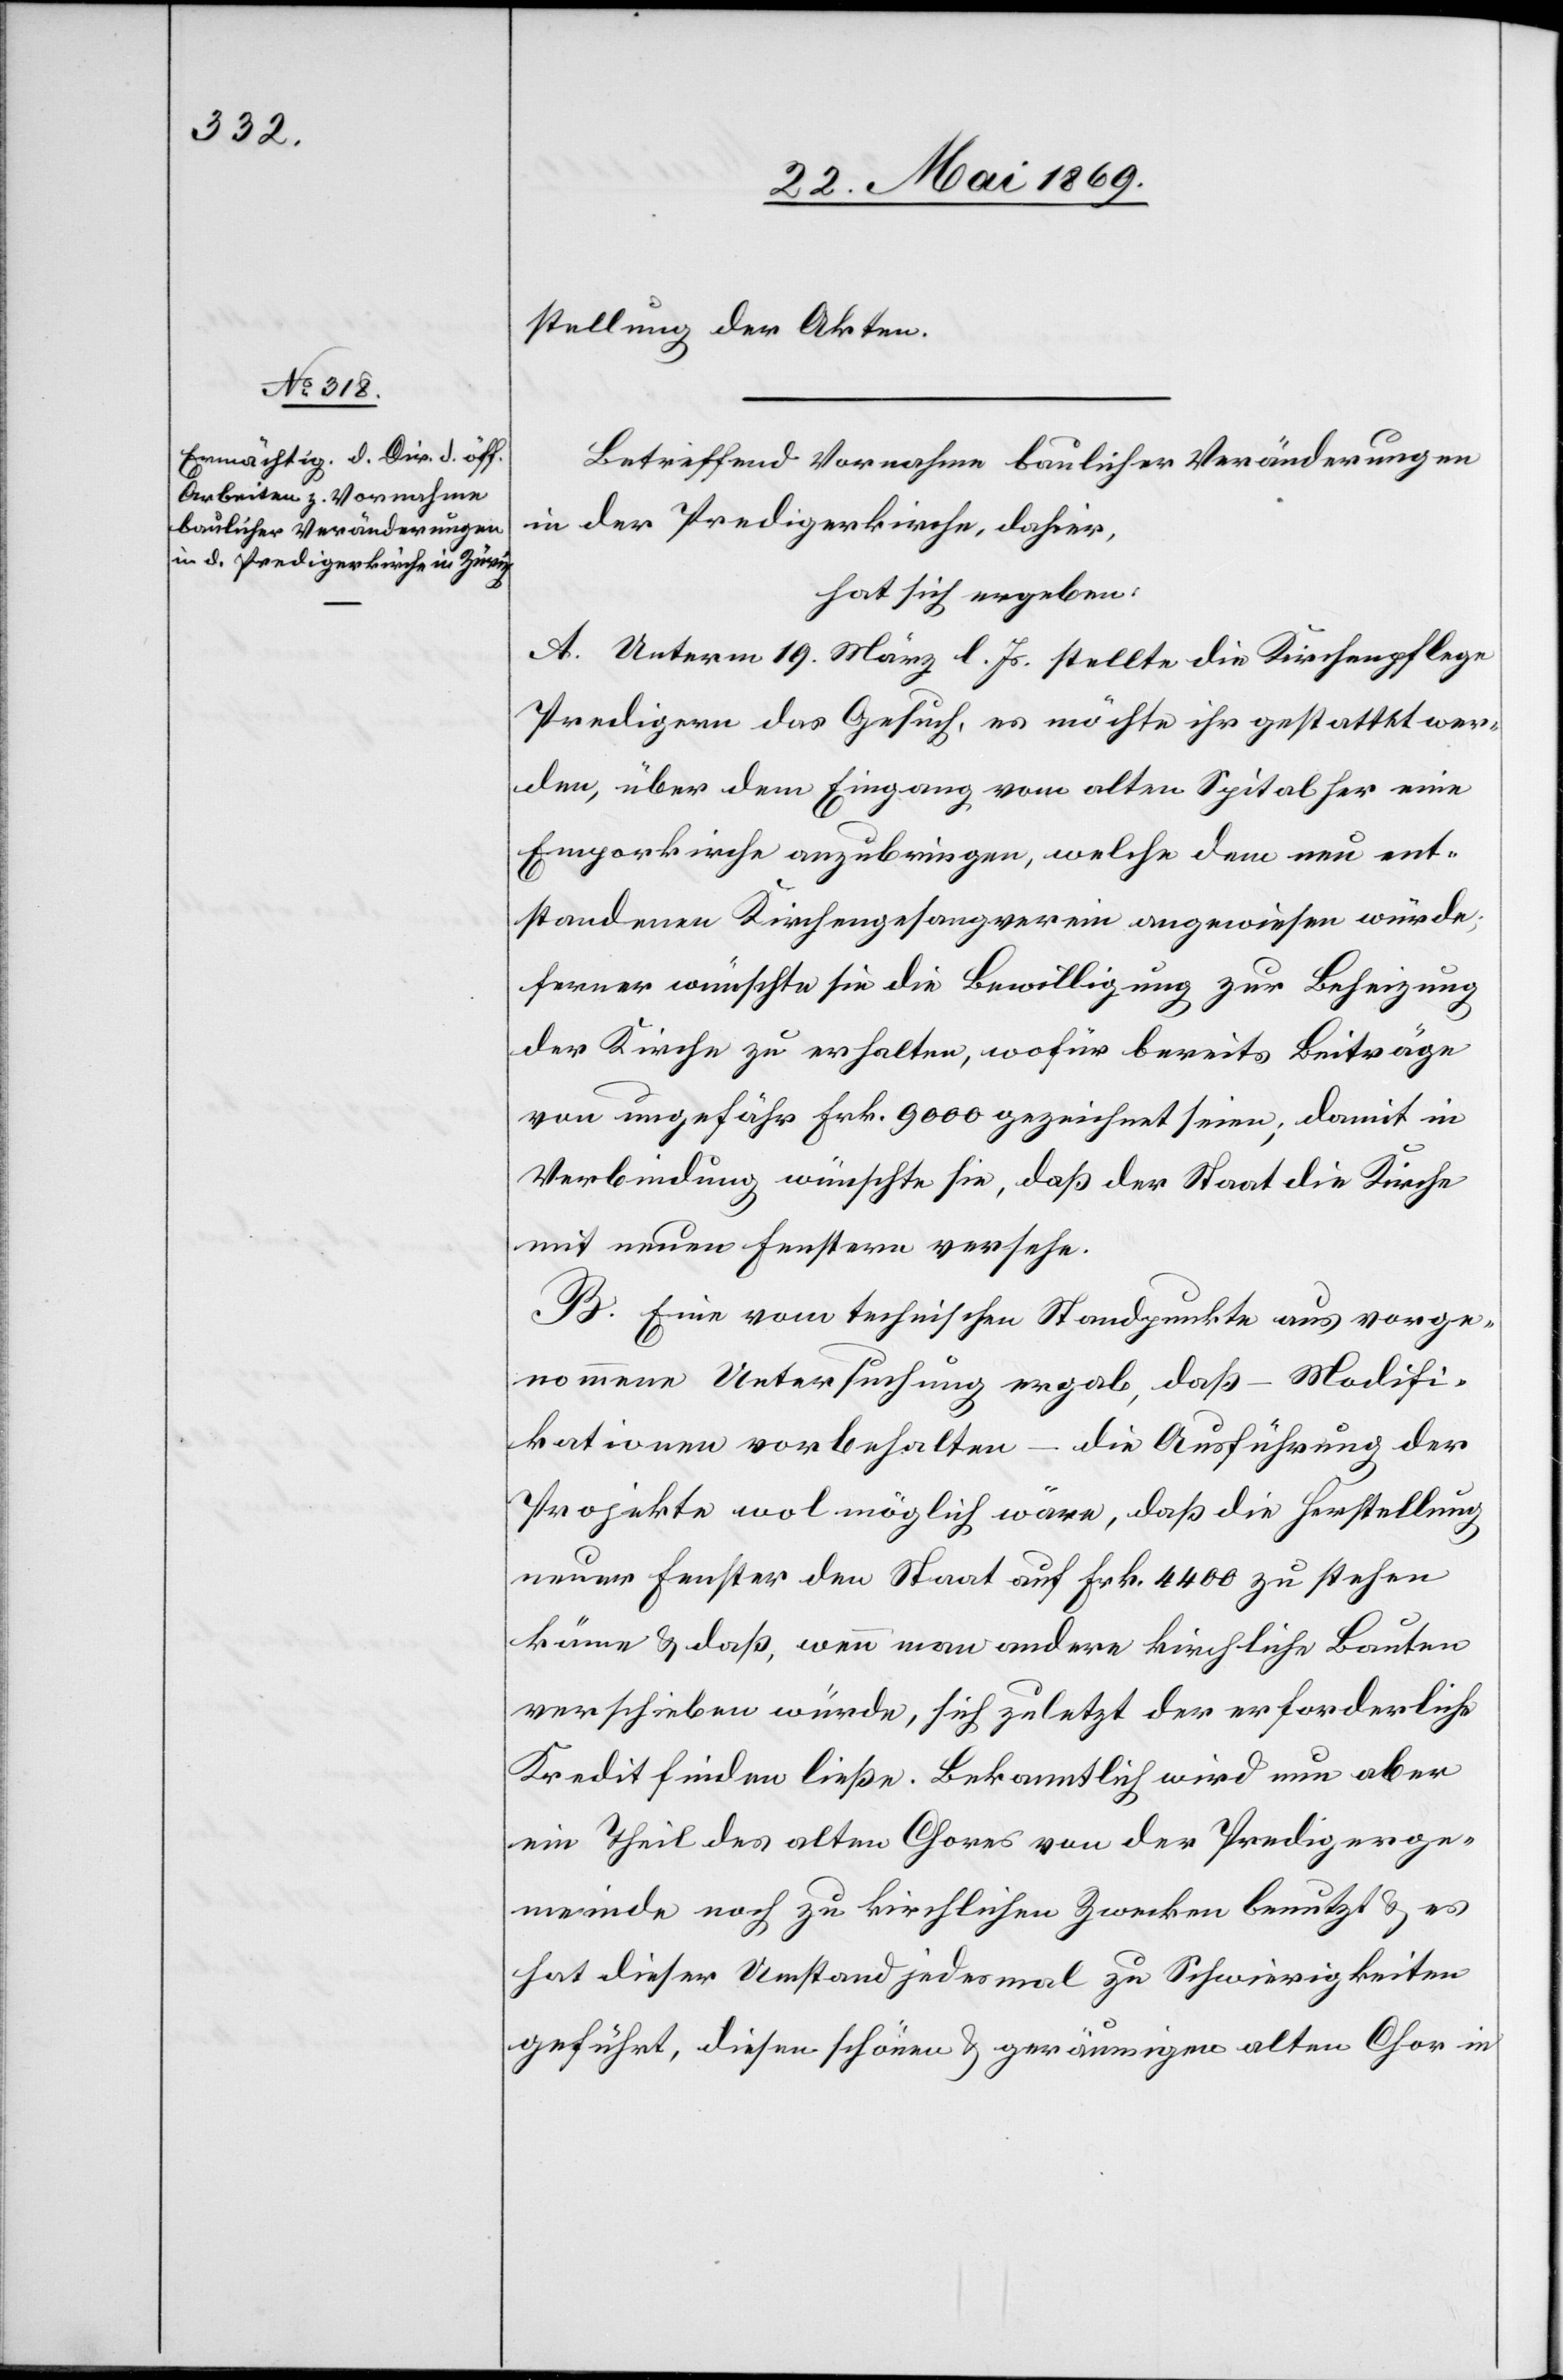
stellung der Akten.
Betreffend Vornahme baulicher Veränderungen
in der Predigerkirche, dahier,
hat sich ergeben:
A. Unterm 19. März l. Js. stellte die Kirchenpflege
Predigern das Gesuch, es möchte ihr gestattet wer¬
den, über dem Eingang vom alten Spital her eine
Emporkirche anzubringen, welche dem neu ent¬
standenen Kirchengesangverein angewiesen würde;
ferner wünschte sie die Bewilligung zur Beheizung
der Kirche zu erhalten, wofür bereits Beiträge
von ungefähr Frk. 9000 gezeichnet seien; damit in
Verbindung wünschte sie, daß der Staat die Kirche
mit neuen Fenstern versehe.
B. Eine vom technischen Standpunkte aus vorge¬
nommene Untersuchung ergab, daß – Modifi¬
kationen vorbehalten – die Ausführung der
Projekte wol möglich wäre, daß die Herstellung
neuer Fenster den Staat auf Frk. 4400 zu stehen
käme u. daß, wenn man andere kirchliche Bauten
verschieben würde, sich zuletzt der erforderliche
Kredit finden ließe. Bekanntlich wird nun aber
ein Theil des alten Chores von der Predigerge¬
meinde noch zu kirchlichen Zwecken benutzt u. es
hat dieser Umstand jedesmal zu Schwierigkeiten
geführt, diesen schönen u. geräumigen alten Chor in